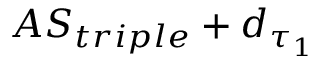
A S _ { t r i p l e } + d _ { \tau _ { 1 } }